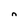
Character: n